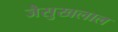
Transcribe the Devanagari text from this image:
जैसुखलाल